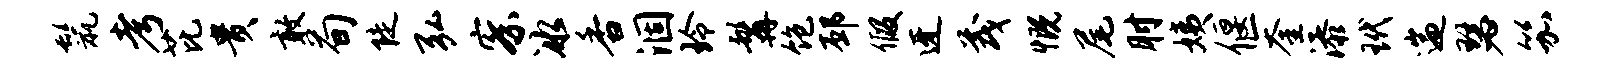
鬣考芘贵敢荀陡弘察冰香涸玲髯饱邳假迓茂慨尾肘姨偃奎添玳遄瑟笳